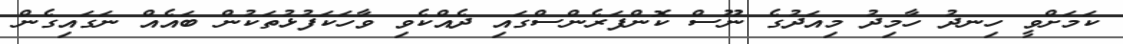
ކަމަށްވީ ހިނދު ހާމިދު މިއަދުގެ ނޫސް ކޮންފަރެންސްގައި ދެއްކެވި ވާހަކަފުޅުތަކުން ބައެއް ނަގައިގެން